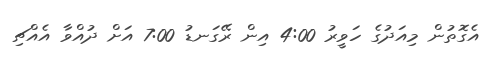
އެގޮތުން މިއަދުގެ ހަވީރު 4:00 އިން ރޭގަނޑު 7:00 އަށް ދުއްވާ އެއްޗި